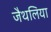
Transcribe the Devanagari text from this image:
जैथलिया